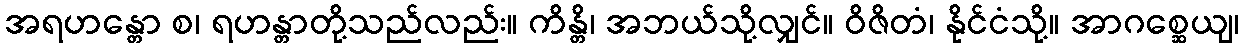
အရဟန္တော စ၊ ရဟန္တာတို့သည်လည်း။ ကိန္တိ၊ အဘယ်သို့လျှင်။ ဝိဇိတံ၊ နိုင်ငံသို့။ အာဂစ္ဆေယျ၊